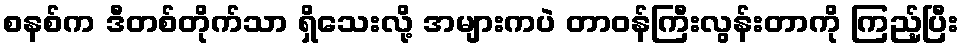
စနစ်က ဒီတစ်တိုက်သာ ရှိသေးလို့ အများကပဲ တာဝန်ကြီးလွန်းတာကို ကြည့်ပြီး